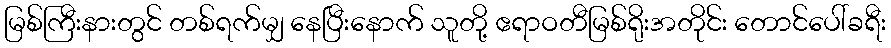
မြစ်ကြီးနားတွင် တစ်ရက်မျှ နေပြီးနောက် သူတို့ ဧရာဝတီမြစ်ရိုးအတိုင်း တောင်ပေါ်ခရီး